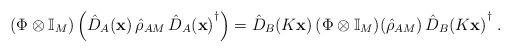
LaTeX: \begin{align*}(\Phi\otimes\mathbb{I}_M)\left(\hat{D}_A(\mathbf{x})\,\hat{\rho}_{AM}\,{\hat{D}_A(\mathbf{x})}^\dag\right) = \hat{D}_B(K\mathbf{x})\,(\Phi\otimes\mathbb{I}_M)(\hat{\rho}_{AM})\,{\hat{D}_B(K\mathbf{x})}^\dag\;.\end{align*}